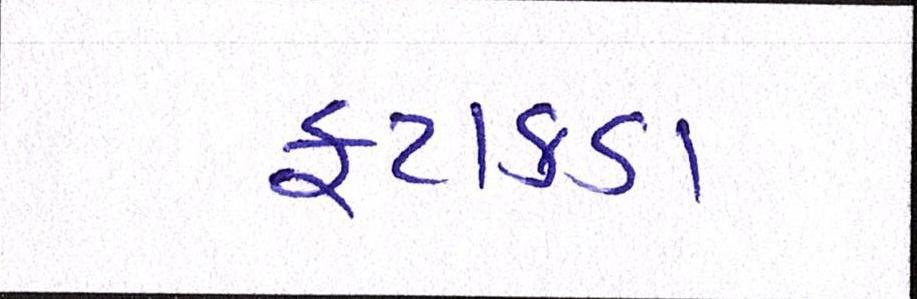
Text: ફટાકડા